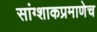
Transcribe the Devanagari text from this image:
सांग्शाकप्रमाणेच